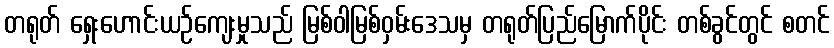
တရုတ် ရှေးဟောင်းယဉ်ကျေးမှုသည် မြစ်ဝါမြစ်ဝှမ်းဒေသမှ တရုတ်ပြည်မြောက်ပိုင်း တစ်ခွင်တွင် စတင်